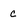
Character: c